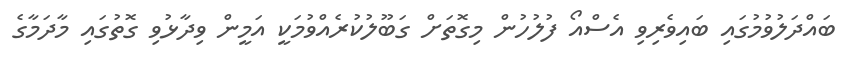
ބައްދަލުވުމުގައި ބައިވެރިވި އެސްއޯ ފުލުހުން މިގޮތަށް ގަބޫލުކުރެއްވުމަކީ އަމީން ވިދާޅުވި ގޮތުގައި މާދަމާގެ